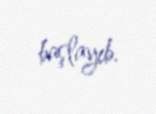
başlayıb.